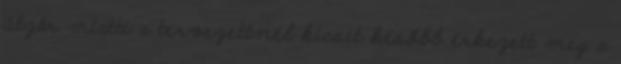
útzár miatti a tervezettnél kicsit később érkezett meg a